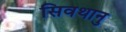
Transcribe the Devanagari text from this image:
सिवथानु